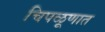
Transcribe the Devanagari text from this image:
चिपळूणात